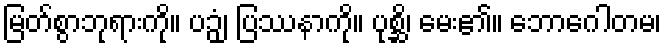
မြတ်စွာဘုရားကို။ ပဉှံ၊ ပြဿနာကို။ ပုစ္ဆိ၊ မေး၏။ ဘောဂေါတမ၊